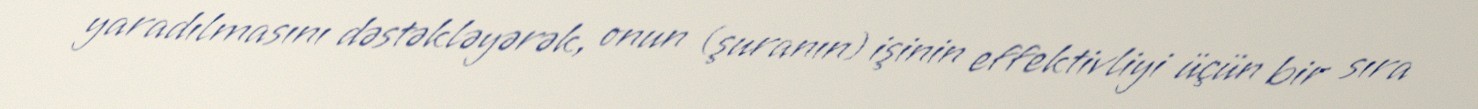
yaradılmasını dəstəkləyərək, onun (şuranın) işinin effektivliyi üçün bir sıra